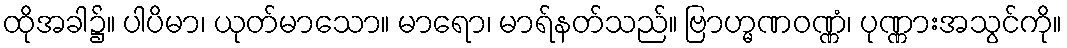
ထိုအခါ၌။ ပါပိမာ၊ ယုတ်မာသော။ မာရော၊ မာရ်နတ်သည်။ ဗြာဟ္မဏဝဏ္ဏံ၊ ပုဏ္ဏားအသွင်ကို။